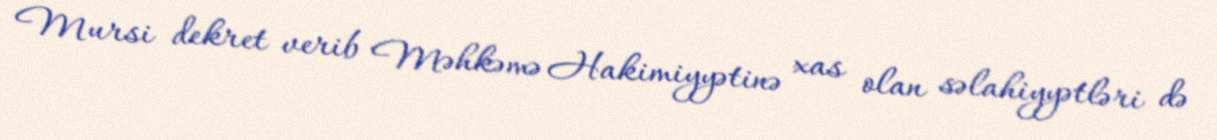
Mursi dekret verib Məhkəmə Hakimiyyətinə xas olan səlahiyyətləri də